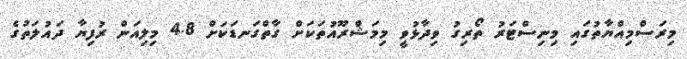
މިރަސްމިއްޔާތުގައި މިނިސްޓަރު ތޯރިގު ވިދާޅުވީ މިމަޝްރޫއުތަކަށް ގާތްގަނޑަކަށް 4.8 މިލިއަން ރުފިޔާ ދައުލަތުގެ